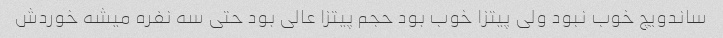
ساندویچ خوب نبود ولی پیتزا خوب بود حجم پیتزا عالی بود حتی سه نفره میشه خوردش